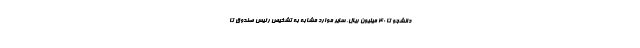
دانشجو تا ۴۰ میلیون ریال، سایر موارد مشابه به تشخیص رئیس صندوق تا